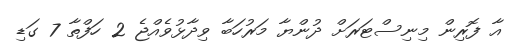
އާ ފޮރިން މިނިސްޓަރަށް ދުންޔާ މަރުހަބާ ވިދާޅުވެއްޖެ 2 ހަފްތާ 7 ގަޑި